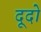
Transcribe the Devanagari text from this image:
दूदो